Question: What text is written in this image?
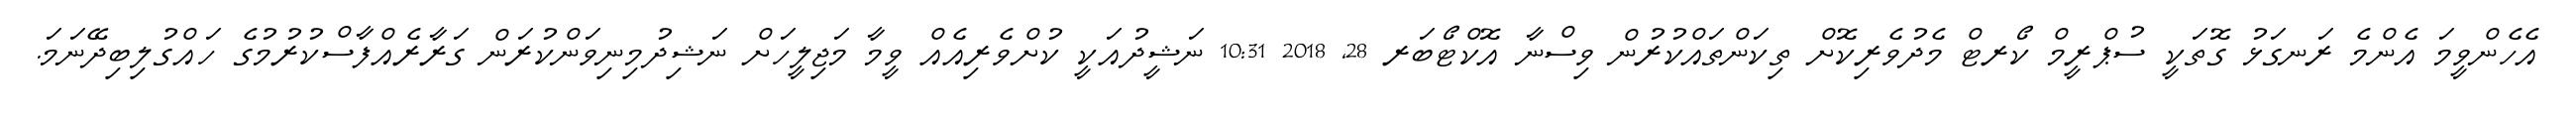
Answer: އެހެންވީމަ އެންމެ ރަނގަޅު ގޮތަކީ ސުޕްރީމް ކޯރޓް މެދުވެރިކޮށް ތިކަންތައްކުރުން ވިސްނާ އޮކްޓޯބަރ 28, 2018 10:31 ނަޝީދުއަކީ ކުށްވެރިއެއް ވީމާ މަޖިލީހަށް ނަޝިދުމިނިވަންކުރަން ގަރާރެއްފާސްކުރުމުގެ ހައްގުލިބިދޭނަމަ.